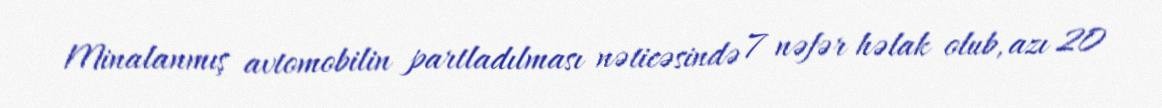
Minalanmış avtomobilin partladılması nəticəsində 7 nəfər həlak olub, azı 20